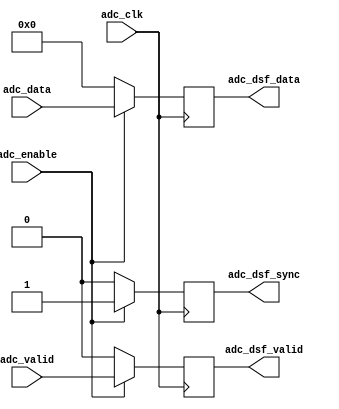
module util_cpack_dsf (

  // adc interface

  adc_clk,
  adc_valid,
  adc_enable,
  adc_data,

  // dma interface

  adc_dsf_valid,
  adc_dsf_sync,
  adc_dsf_data);

  // parameters

  parameter   CH_DW   = 32;
  parameter   CH_ICNT =  4;
  parameter   CH_MCNT =  8;
  parameter   P_CNT   =  4;

  localparam  CH_DCNT = P_CNT - CH_ICNT;
  localparam  I_WIDTH = CH_DW*CH_ICNT;
  localparam  P_WIDTH = CH_DW*P_CNT;
  localparam  M_WIDTH = CH_DW*CH_MCNT;

  // adc interface

  input                     adc_clk;
  input                     adc_valid;
  input                     adc_enable;
  input   [(I_WIDTH-1):0]   adc_data;

  // dma interface

  output                    adc_dsf_valid;
  output                    adc_dsf_sync;
  output  [(P_WIDTH-1):0]   adc_dsf_data;

  // internal registers

  reg     [  2:0]           adc_samples_int = 'd0;
  reg     [(M_WIDTH-1):0]   adc_data_int = 'd0;
  reg                       adc_dsf_enable = 'd0;
  reg                       adc_dsf_valid_int = 'd0;
  reg                       adc_dsf_sync_int = 'd0;
  reg     [(P_WIDTH-1):0]   adc_dsf_data_int = 'd0;
  reg                       adc_dsf_valid = 'd0;
  reg                       adc_dsf_sync = 'd0;
  reg     [(P_WIDTH-1):0]   adc_dsf_data = 'd0;

  // internal signals

  wire    [(M_WIDTH-1):0]   adc_data_s;

  // bypass 

  generate
  if (CH_ICNT == P_CNT) begin
  assign adc_data_s = 'd0;

  always @(posedge adc_clk) begin
    adc_samples_int <= 'd0;
    adc_data_int <= 'd0;
    adc_dsf_enable <= 'd0;
    adc_dsf_valid_int <= 'd0;
    adc_dsf_sync_int <= 'd0;
    adc_dsf_data_int <= 'd0;
    if (adc_enable == 1'b1) begin
      adc_dsf_valid <= adc_valid;
      adc_dsf_sync <= 1'b1;
      adc_dsf_data <= adc_data;
    end else begin
      adc_dsf_valid <= 'b0;
      adc_dsf_sync <= 'b0;
      adc_dsf_data <= 'd0;
    end
  end
  end
  endgenerate

  // data store & forward

  generate
  if (P_CNT > CH_ICNT) begin
  assign adc_data_s[(M_WIDTH-1):I_WIDTH] = 'd0;
  assign adc_data_s[(I_WIDTH-1):0] = adc_data;

  always @(posedge adc_clk) begin
    if (adc_valid == 1'b1) begin
      if (adc_samples_int >= CH_DCNT) begin
        adc_samples_int <= adc_samples_int - CH_DCNT;
      end else begin
        adc_samples_int <= adc_samples_int + CH_ICNT;
      end
      adc_data_int <= {adc_data_s[(I_WIDTH-1):0],
        adc_data_int[(M_WIDTH-1):I_WIDTH]};
    end
  end

  always @(posedge adc_clk) begin
    adc_dsf_enable <= adc_enable;
    if (adc_samples_int >= CH_DCNT) begin
      adc_dsf_valid_int <= adc_valid;
    end else begin
      adc_dsf_valid_int <= 1'b0;
    end
    if (adc_dsf_sync_int == 1'b1) begin
      if (adc_dsf_valid_int == 1'b1) begin
        adc_dsf_sync_int <= 1'b0;
      end
    end else begin
      if (adc_samples_int == 3'd0) begin
        adc_dsf_sync_int <= 1'b1;
      end
    end
  end

  always @(posedge adc_clk) begin
    if (adc_valid == 1'b1) begin
      case (adc_samples_int)
        3'b111:  adc_dsf_data_int <= {adc_data_s[((CH_DW*1)-1):0],
                    adc_data_int[((CH_DW*8)-1):(CH_DW*1)]};
        3'b110:  adc_dsf_data_int <= {adc_data_s[((CH_DW*2)-1):0],
                    adc_data_int[((CH_DW*8)-1):(CH_DW*2)]};
        3'b101:  adc_dsf_data_int <= {adc_data_s[((CH_DW*3)-1):0],
                    adc_data_int[((CH_DW*8)-1):(CH_DW*3)]};
        3'b100:  adc_dsf_data_int <= {adc_data_s[((CH_DW*4)-1):0],
                    adc_data_int[((CH_DW*8)-1):(CH_DW*4)]};
        3'b011:  adc_dsf_data_int <= {adc_data_s[((CH_DW*5)-1):0],
                    adc_data_int[((CH_DW*8)-1):(CH_DW*5)]};
        3'b010:  adc_dsf_data_int <= {adc_data_s[((CH_DW*6)-1):0],
                    adc_data_int[((CH_DW*8)-1):(CH_DW*6)]};
        3'b001:  adc_dsf_data_int <= {adc_data_s[((CH_DW*7)-1):0],
                    adc_data_int[((CH_DW*8)-1):(CH_DW*7)]};
        3'b000:  adc_dsf_data_int <= adc_data_s;
        default: adc_dsf_data_int <= 'd0;
      endcase
    end
  end

  always @(posedge adc_clk) begin
    if (adc_enable == 1'b1) begin
      adc_dsf_valid <= adc_dsf_valid_int;
      adc_dsf_sync <= adc_dsf_sync_int;
      adc_dsf_data <= adc_dsf_data_int[(P_WIDTH-1):0];
    end else begin
      adc_dsf_valid <= 'b0;
      adc_dsf_sync <= 'b0;
      adc_dsf_data <= 'd0;
    end
  end
  end
  endgenerate

endmodule